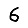
Digit: 6